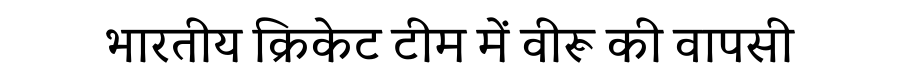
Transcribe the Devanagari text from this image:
भारतीय क्रिकेट टीम में वीरू की वापसी